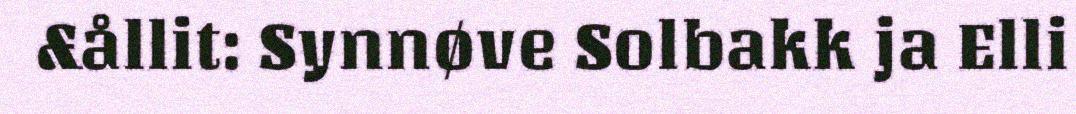
&ållit: Synnøve Solbakk ja Elli